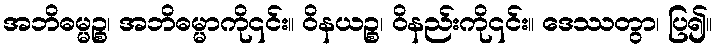
အဘိဓမ္မဉ္စ၊ အဘိဓမ္မာကို၎င်း။ ဝိနယဉ္စ၊ ဝိနည်းကို၎င်း။ ဒေဿတွာ၊ ပြ၍။